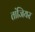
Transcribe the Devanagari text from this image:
तांजियर